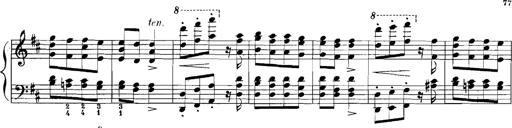
Title: Rhapsodies hongroises
Composer: Franz Liszt